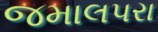
જમાલપરા